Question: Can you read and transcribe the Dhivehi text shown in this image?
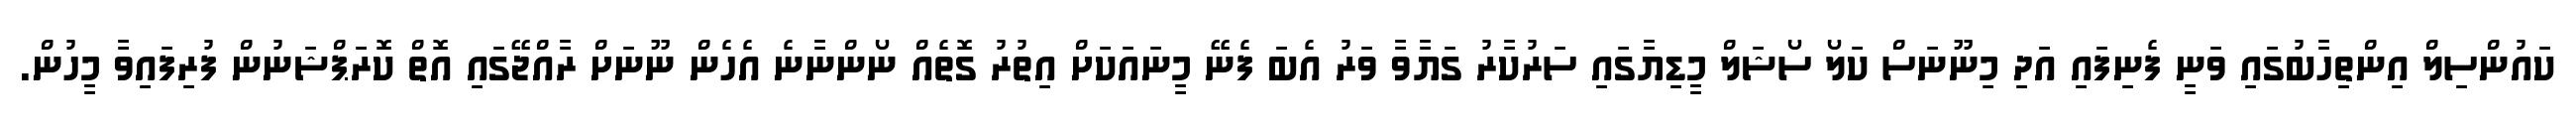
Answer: ކައުންސިލް އިންތިހާބުގައި ވަނީ ފެނިފައި އަދި މިނޫނަސް ކަލޯ ސޯޝަލް މީޑިޔާގައި ސަރުކާރު ގަޔާވާ ވަރު އެބަ ފެނޭ މީނައަކަށް އިތުރު ގޮތެއް ނޯންނާނެ އެހެން ނޫނަށް ރާއްޖޭގައި އޮތް ކޮރަޕްޝަނުން ފުރިފައިވާ މީހުން.